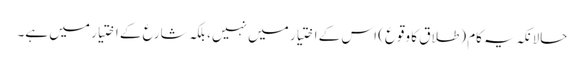
حالانکہ یہ کام (طلاق کا وقوع) اس کے اختیار میں نہیں، بلکہ شارع کے اختیار میں ہے۔